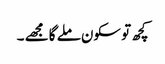
کچھ تو سکون ملے گا مجھے ۔